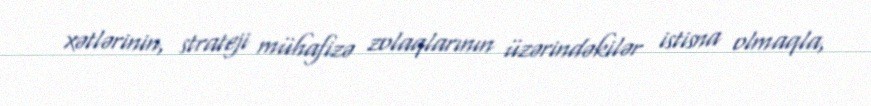
xətlərinin, strateji mühafizə zolaqlarının üzərindəkilər istisna olmaqla,